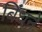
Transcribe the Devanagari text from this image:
बिंधने